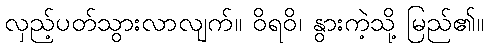
လှည့်ပတ်သွားလာလျက်။ ဝိရဝိ၊ နွားကဲ့သို့ မြည်၏။